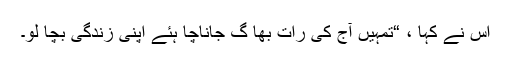
اس نے کہا ، “تمہیں آج کی رات بھا گ جاناچا ہئے اپنی زندگی بچا لو۔